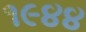
૧૯૪૪